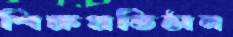
শিক্ষপ্রতিষ্ঠান